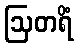
ဩတရိံ